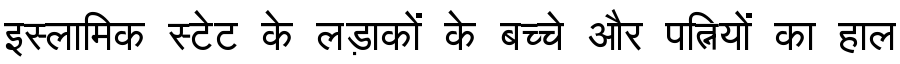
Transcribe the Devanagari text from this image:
इस्लामिक स्टेट के लड़ाकों के बच्चे और पत्नियों का हाल